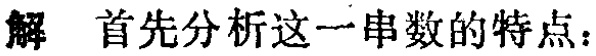
解 首先分析这一串数的特点：